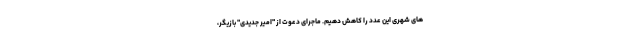
های شهری این عدد را کاهش دهیم. ماجرای دعوت از "امیر جدیدی" بازیگر،